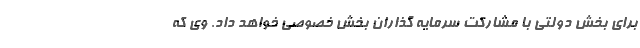
برای بخش دولتی با مشارکت سرمایه گذاران بخش خصوصی خواهد داد. وی که